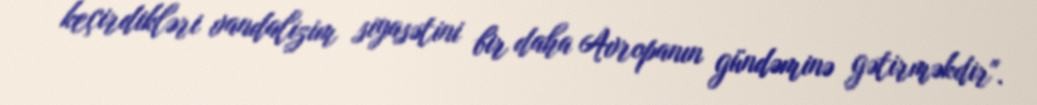
keçirdikləri vandalizim siyasətini bir daha Avropanın gündəminə gətirməkdir".